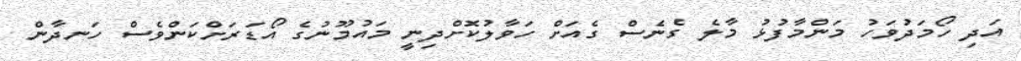
އަދި ހޯމަދުވަހު މަންމާފުޅު މާލެ ގެނެސް ގެއަށް ހަވާލުކޮށްދިނީ މައުމޫނުގެ އޯޑަރަށްކަންވެސް ހަނދާން